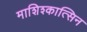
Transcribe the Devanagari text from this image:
माशिश्कात्सिन